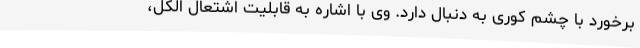
برخورد با چشم کوری به دنبال دارد. وی با اشاره به قابلیت اشتعال الکل،